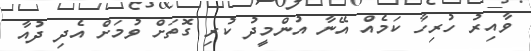
ވާއިރު ހުރިހާ ކަމެއް އޭނާ އުންމީދު ކުރި ގޮތަށް ވުމަށް އެދި ދުއާ